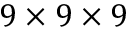
9 \times 9 \times 9